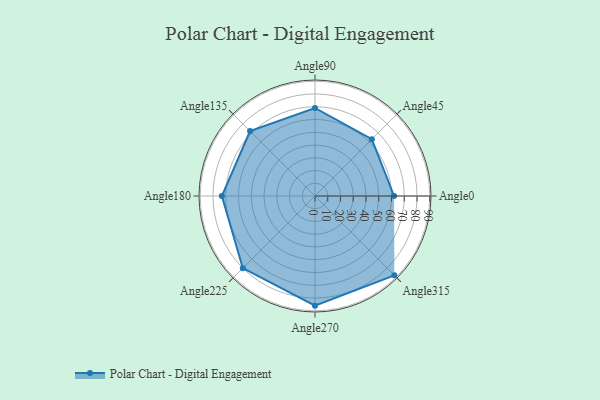
{"axis": {"x": "Angle", "y": "Radius"}, "legend": [""], "data": [{"x": "Angle0", "y": 62.0, "type": ""}, {"x": "Angle45", "y": 63.0, "type": ""}, {"x": "Angle90", "y": 69.0, "type": ""}, {"x": "Angle135", "y": 72.0, "type": ""}, {"x": "Angle180", "y": 73.0, "type": ""}, {"x": "Angle225", "y": 80.0, "type": ""}, {"x": "Angle270", "y": 86.0, "type": ""}, {"x": "Angle315", "y": 88.0, "type": ""}]}